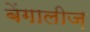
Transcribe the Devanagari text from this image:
बेंगालीज़